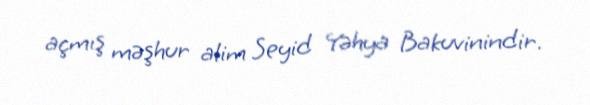
açmış məşhur alim Seyid Yəhya Bakuvinindir.